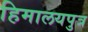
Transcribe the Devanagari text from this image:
हिमालयपुत्र